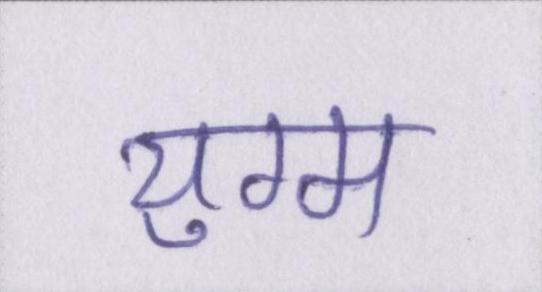
युग्म